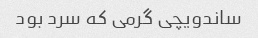
ساندویچی گرمی که سرد بود